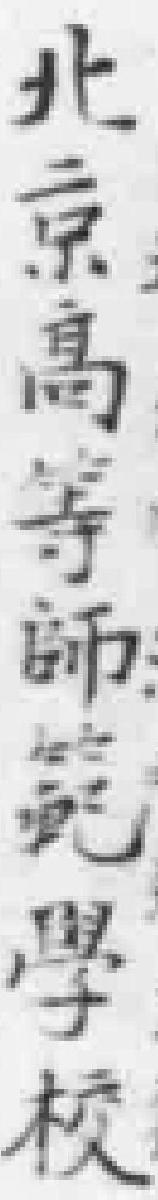
北京高等師免學校